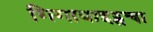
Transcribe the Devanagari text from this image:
गिगाबाइट्सचा